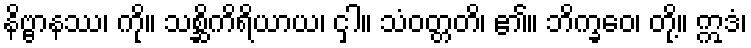
နိဗ္ဗာနဿ၊ ကို။ သစ္ဆိကိရိယာယ၊ ငှါ။ သံဝတ္တတိ၊ ၏။ ဘိက္ခဝေ၊ တို့။ ဣဒံ၊